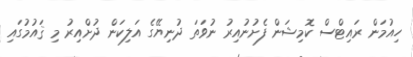
ހިއުމަން ރައިޓްސް ކޮމިޝަން ފެށުނުއިރު ނުވަތަ ދުނިޔޭގެ އަލިކަން ދުށްއިރު މި ޤައުމުގައި